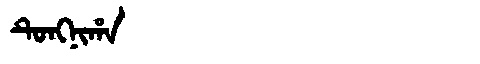
Manchu: ᡨᡠᠩᠨᡳᡥᠠ
Romanization: TUNGNIHA